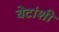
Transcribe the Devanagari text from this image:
बेटांशी